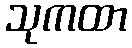
သုကထာ